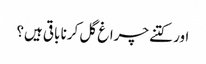
اور کتنے چراغ گل کرنا باقی ہیں؟